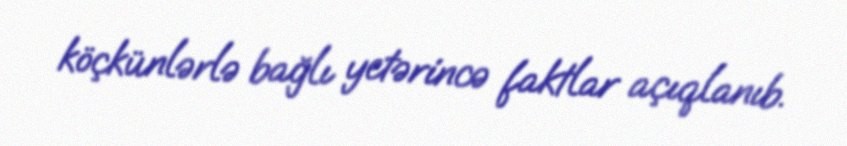
köçkünlərlə bağlı yetərincə faktlar açıqlanıb.